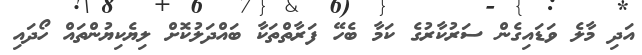
އަދި މާލެ ވަޑައިގެން ސަރުކާރުގެ ކަމާ ބެހޭ ފަރާތްތަކާ ބައްދަލުކޮށް ލިޔެކިޔުންތައް ހޯދައި